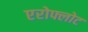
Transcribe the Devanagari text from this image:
एरोफ्लोट